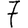
Digit: 7